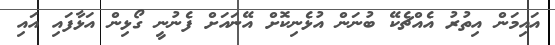
އައިމަން އިތުރު އެއްޗެކޭ ބުނަން އުޅެނިކޮށް އޭނައަށް ފެނުނީ ގޯޅިން އަޅާފައި އައި